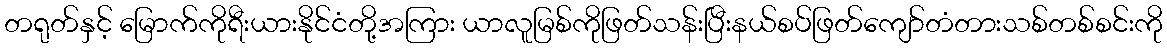
တရုတ်နှင့် မြောက်ကိုရီးယားနိုင်ငံတို့အကြား ယာလူမြစ်ကိုဖြတ်သန်းပြီးနယ်စပ်ဖြတ်ကျော်တံတားသစ်တစ်စင်းကို